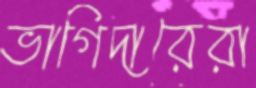
ভাগিদারেরা